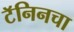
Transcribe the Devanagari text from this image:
टॅनिनचा